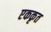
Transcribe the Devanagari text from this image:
एककृत